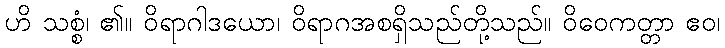
ဟိ သစ္စံ၊ ၏။ ဝိရာဂါဒယော၊ ဝိရာဂအစရှိသည်တို့သည်။ ဝိဝေကတ္တာ ဧဝ၊